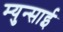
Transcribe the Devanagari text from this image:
म्युन्साई